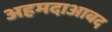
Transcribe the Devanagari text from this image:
अहमदाआबद